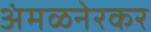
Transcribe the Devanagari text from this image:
अंमळनेरकर